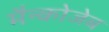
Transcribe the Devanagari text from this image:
मैन्कोजेब